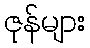
ဇုန်များ